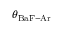
\theta _ { \mathrm { B a F - A r } }